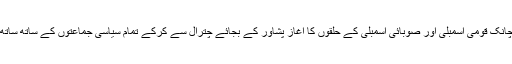
الیکشن کمیشن نے کوئی ٹھوس وجہ بتائے بغیر اچانک قومی اسمبلی اور صوبائی اسمبلی کے حلقوں کا آغاز پشاور کے بجائے چترال سے کرکے تمام سیاسی جماعتوں کے ساتھ ساتھ عام حلقوں کو بھی ورطۂ حیرت میں ڈال دیا ہے۔